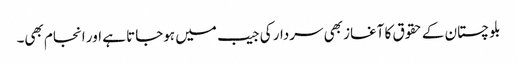
بلوچستان کے حقوق کا آغاز بھی سردار کی جیب میں ہوجاتا ہے اور انجام بھی۔